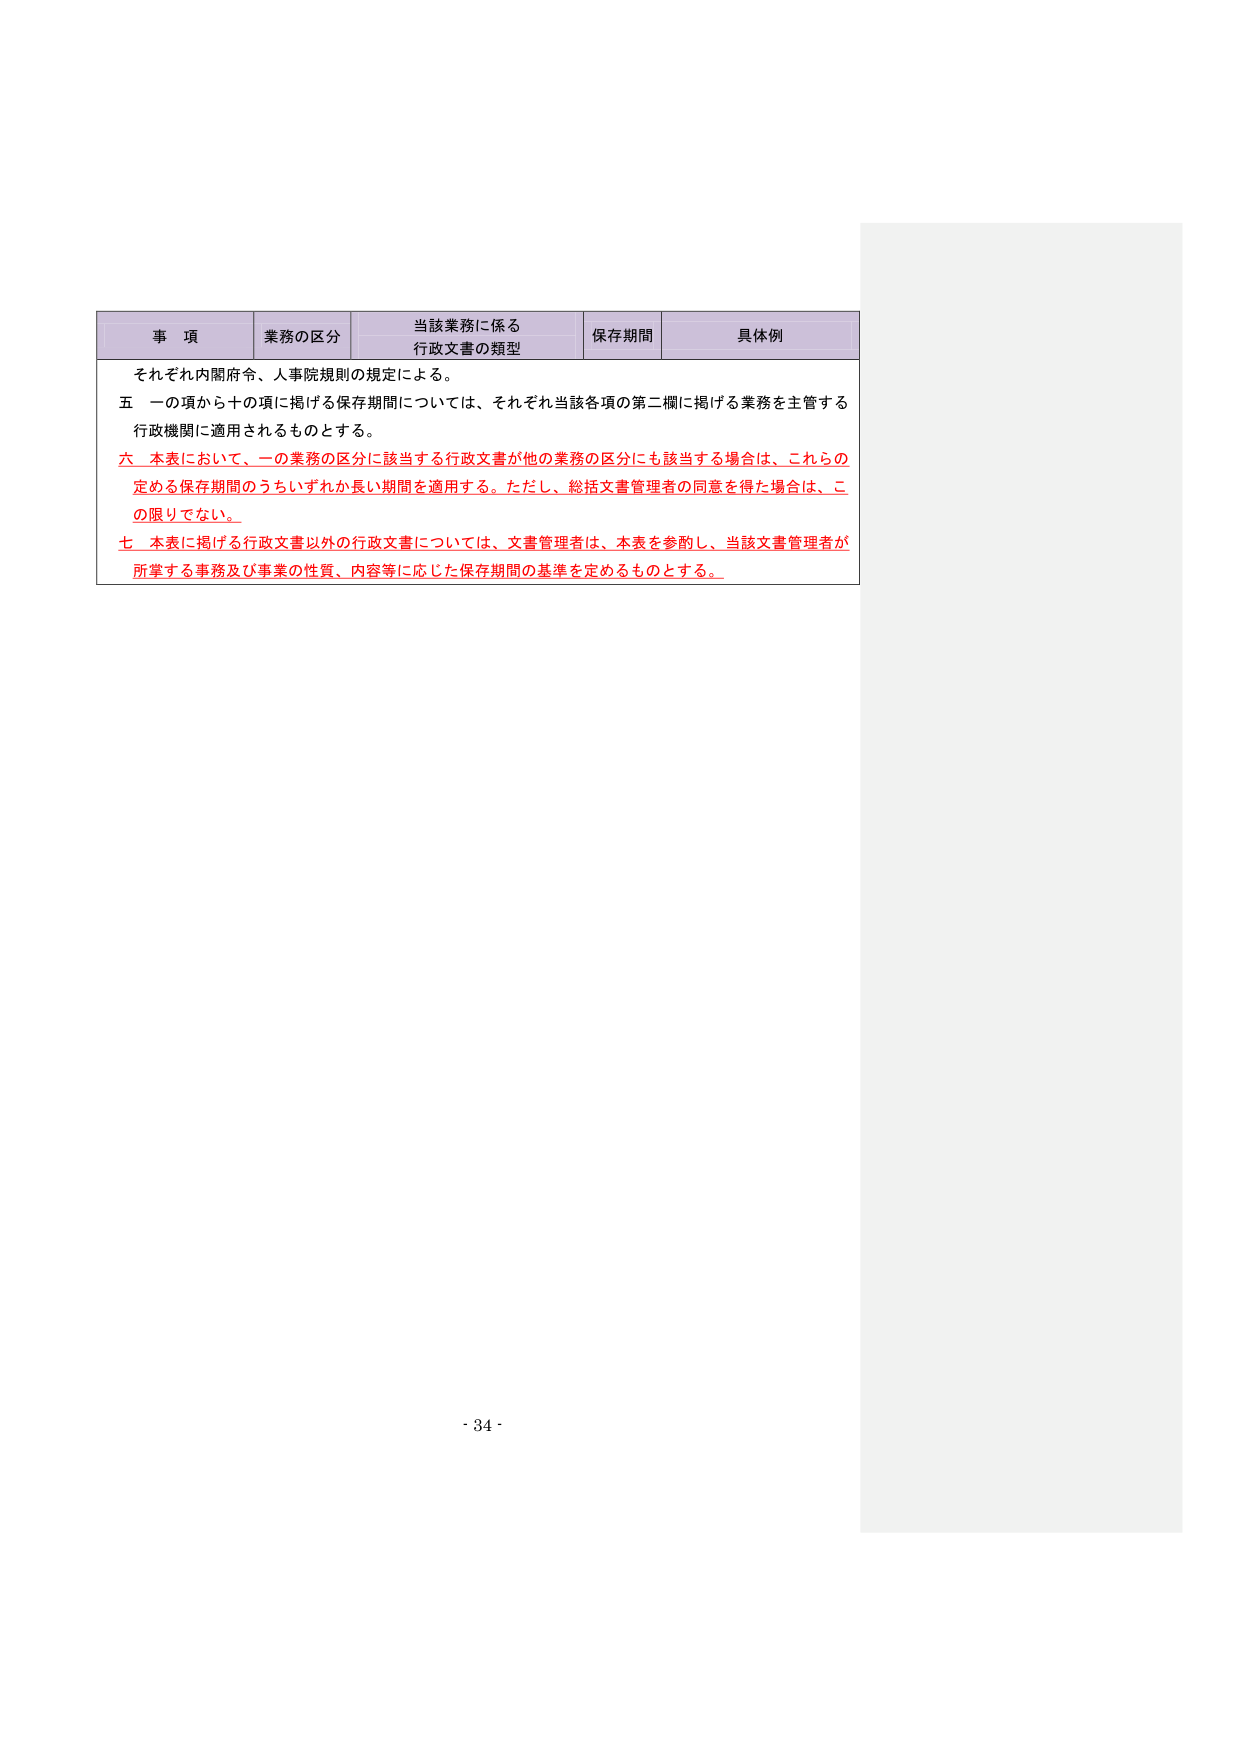
事 項 業務の区分 当該業務に係る 行政文書の類型 保存期間 具体例 それぞれ内閣府令、人事院規則の規定による。 五 一の項から十の項に掲げる保存期間については、それぞれ当該各項の第二欄に掲げる業務を主管する 行政機関に適用されるものとする。 六 本表において、一の業務の区分に該当する行政文書が他の業務の区分にも該当する場合は、これらの 定める保存期間のうちいずれか長い期間を適用する。ただし、総括文書管理者の同意を得た場合は、こ の限りでない。 七 本表に掲げる行政文書以外の行政文書については、文書管理者は、本表を参酌し、当該文書管理者が 所掌する事務及び事業の性質、内容等に応じた保存期間の基準を定めるものとする。 - 34 -